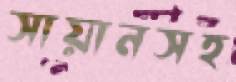
সায়ানসহ